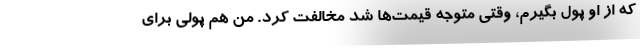
که از او پول بگیرم، وقتی متوجه قیمت‌ها شد مخالفت کرد. من هم پولی برای